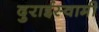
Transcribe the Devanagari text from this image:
दुराईस्वामी